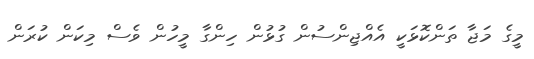
މީގެ މަޖާ ތަންކޮޅަކީ އެއްޖިންސުން ގުޅުން ހިންގާ މީހުން ވެސް މިކަން ކުރަން